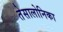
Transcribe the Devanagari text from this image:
तेसालोनिका